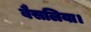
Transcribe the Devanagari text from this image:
बैसलिया।